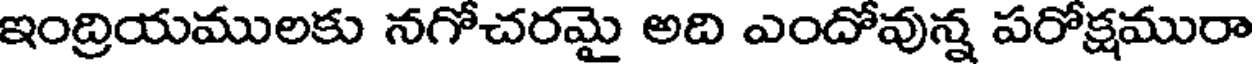
ఇంద్రియములకు నగోచరమై అది ఎందోవున్న పరోక్షమురా